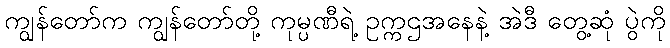
ကျွန်တော်က ကျွန်တော်တို့ ကုမ္ပဏီရဲ့ ဥက္ကဌအနေနဲ့ အဲဒီ တွေ့ဆုံ ပွဲကို